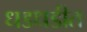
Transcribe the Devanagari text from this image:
धडधडीत